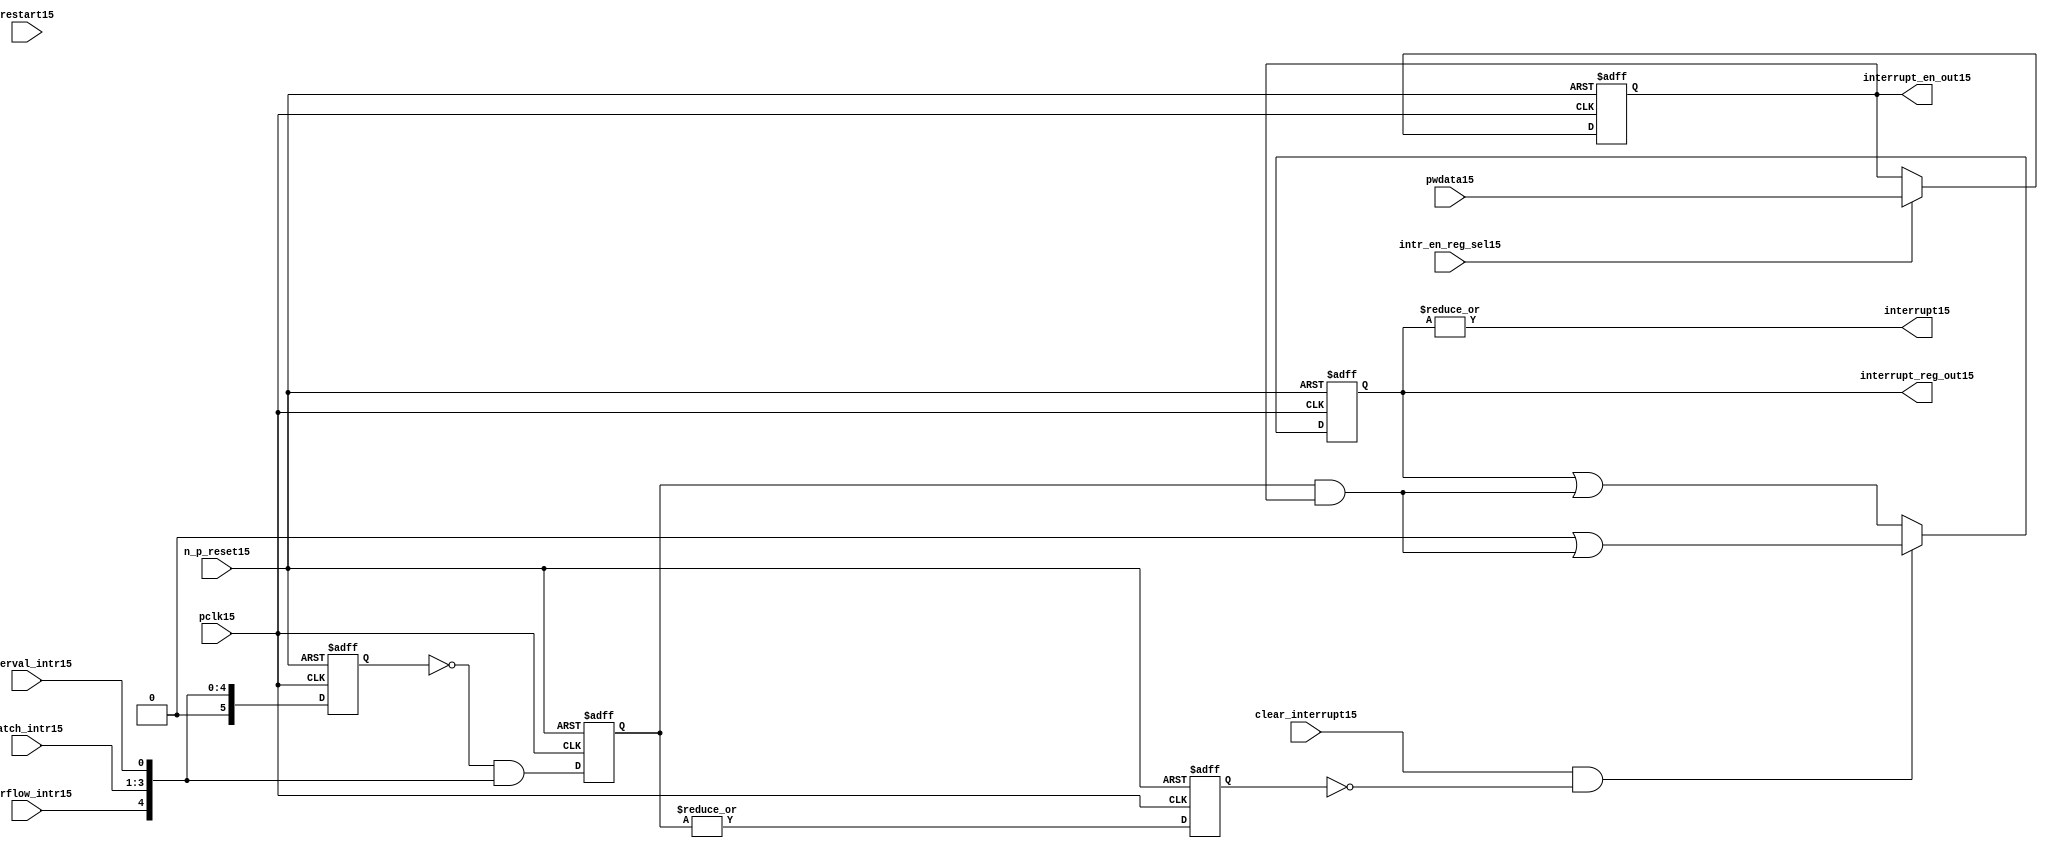
//File15 name   : ttc_interrupt_lite15.v
//Title15       : 
//Created15     : 1999
//Description15 : Interrupts15 from the counter modules15 are registered
//              and if enabled cause the output interrupt15 to go15 high15.
//              Also15 the match115 interrupts15 are monitored15 to generate output 
//Notes15       : 
//----------------------------------------------------------------------
//   Copyright15 1999-2010 Cadence15 Design15 Systems15, Inc15.
//   All Rights15 Reserved15 Worldwide15
//
//   Licensed15 under the Apache15 License15, Version15 2.0 (the
//   "License15"); you may not use this file except15 in
//   compliance15 with the License15.  You may obtain15 a copy of
//   the License15 at
//
//       http15://www15.apache15.org15/licenses15/LICENSE15-2.0
//
//   Unless15 required15 by applicable15 law15 or agreed15 to in
//   writing, software15 distributed15 under the License15 is
//   distributed15 on an "AS15 IS15" BASIS15, WITHOUT15 WARRANTIES15 OR15
//   CONDITIONS15 OF15 ANY15 KIND15, either15 express15 or implied15.  See
//   the License15 for the specific15 language15 governing15
//   permissions15 and limitations15 under the License15.
//----------------------------------------------------------------------
 


//-----------------------------------------------------------------------------
// Module15 definition15
//-----------------------------------------------------------------------------

module ttc_interrupt_lite15(

  //inputs15
  n_p_reset15,                             
  pwdata15,                             
  pclk15,
  intr_en_reg_sel15, 
  clear_interrupt15,                   
  interval_intr15,
  match_intr15,
  overflow_intr15,
  restart15,

  //outputs15
  interrupt15,
  interrupt_reg_out15,
  interrupt_en_out15
  
);


//-----------------------------------------------------------------------------
// PORT DECLARATIONS15
//-----------------------------------------------------------------------------

   //inputs15
   input         n_p_reset15;            //reset signal15
   input [5:0]   pwdata15;               //6 Bit15 Data signal15
   input         pclk15;                 //System15 clock15
   input         intr_en_reg_sel15;      //Interrupt15 Enable15 Reg15 Select15 signal15
   input         clear_interrupt15;      //Clear Interrupt15 Register signal15
   input         interval_intr15;        //Timer_Counter15 Interval15 Interrupt15
   input [3:1]   match_intr15;           //Timer_Counter15 Match15 1 Interrupt15 
   input         overflow_intr15;        //Timer_Counter15 Overflow15 Interrupt15 
   input         restart15;              //Counter15 restart15

   //Outputs15
   output        interrupt15;            //Interrupt15 Signal15 
   output [5:0]  interrupt_reg_out15;    //6 Bit15 Interrupt15 Register
   output [5:0]  interrupt_en_out15; //6 Bit15 Interrupt15 Enable15 Register


//-----------------------------------------------------------------------------
// Internal Signals15 & Registers15
//-----------------------------------------------------------------------------

   wire [5:0]   intr_detect15;          //Interrupts15 from the Timer_Counter15
   reg [5:0]    int_sync_reg15;         //6-bit 1st cycle sync register
   reg [5:0]    int_cycle_reg15;        //6-bit register ensuring15 each interrupt15 
                                      //only read once15
   reg [5:0]    interrupt_reg15;        //6-bit interrupt15 register        
   reg [5:0]    interrupt_en_reg15; //6-bit interrupt15 enable register
   

   reg          interrupt_set15;        //Prevents15 unread15 interrupt15 being cleared15
   
   wire         interrupt15;            //Interrupt15 output
   wire [5:0]   interrupt_reg_out15;    //Interrupt15 register output
   wire [5:0]   interrupt_en_out15; //Interrupt15 enable output


   assign interrupt15              = |(interrupt_reg15);
   assign interrupt_reg_out15      = interrupt_reg15;
   assign interrupt_en_out15       = interrupt_en_reg15;
   
   assign intr_detect15 = {1'b0,
                         overflow_intr15,  
                         match_intr15[3],  
                         match_intr15[2], 
                         match_intr15[1], 
                         interval_intr15};

   

// Setting interrupt15 registers
   
   always @ (posedge pclk15 or negedge n_p_reset15)
   begin: p_intr_reg_ctrl15
      
      if (!n_p_reset15)
      begin
         int_sync_reg15         <= 6'b000000;
         interrupt_reg15        <= 6'b000000;
         int_cycle_reg15        <= 6'b000000;
         interrupt_set15        <= 1'b0;
      end
      else 
      begin

         int_sync_reg15    <= intr_detect15;
         int_cycle_reg15   <= ~int_sync_reg15 & intr_detect15;

         interrupt_set15   <= |int_cycle_reg15;
          
         if (clear_interrupt15 & ~interrupt_set15)
            interrupt_reg15 <= (6'b000000 | (int_cycle_reg15 & interrupt_en_reg15));
         else 
            interrupt_reg15 <= (interrupt_reg15 | (int_cycle_reg15 & 
                                               interrupt_en_reg15));
      end 
      
   end  //p_intr_reg_ctrl15


// Setting interrupt15 enable register
   
   always @ (posedge pclk15 or negedge n_p_reset15)
   begin: p_intr_en_reg15
      
      if (!n_p_reset15)
      begin
         interrupt_en_reg15 <= 6'b000000;
      end
      else 
      begin

         if (intr_en_reg_sel15)
            interrupt_en_reg15 <= pwdata15[5:0];
         else
            interrupt_en_reg15 <= interrupt_en_reg15;

      end 
      
   end  
           


endmodule